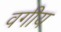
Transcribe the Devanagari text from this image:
वगीय